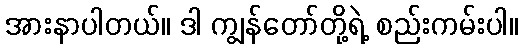
အားနာပါတယ်။ ဒါ ကျွန်တော်တို့ရဲ့ စည်းကမ်းပါ။